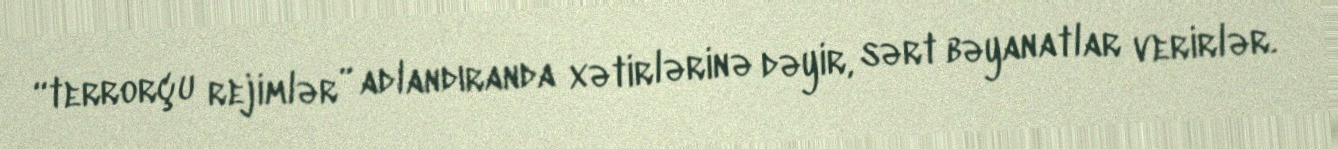
“terrorçu rejimlər” adlandıranda xətirlərinə dəyir, sərt bəyanatlar verirlər.